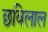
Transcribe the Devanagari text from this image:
छविलाल